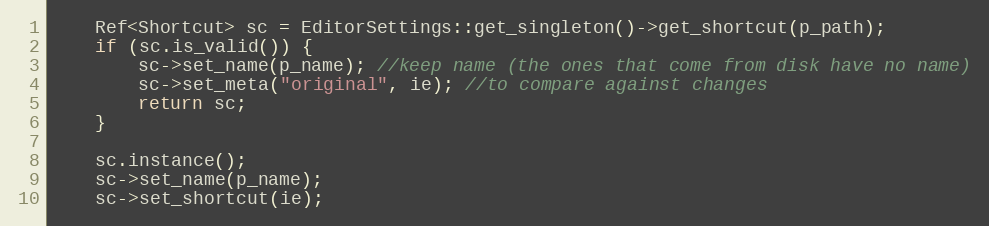
Language: C++
	Ref<Shortcut> sc = EditorSettings::get_singleton()->get_shortcut(p_path);
	if (sc.is_valid()) {
		sc->set_name(p_name); //keep name (the ones that come from disk have no name)
		sc->set_meta("original", ie); //to compare against changes
		return sc;
	}

	sc.instance();
	sc->set_name(p_name);
	sc->set_shortcut(ie);